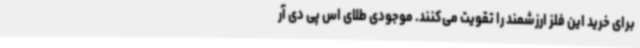
برای خرید این فلز ارزشمند را تقویت می‌کنند. موجودی طلای اس پی دی آر